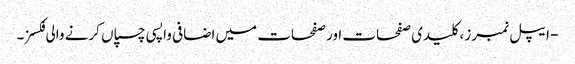
- ایپل نمبرز ، کلیدی صفحات اور صفحات میں اضافی واپسی چسپاں کرنے والی فکسز۔